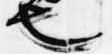
也